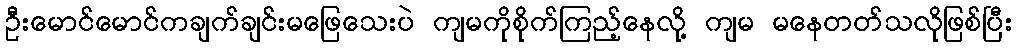
ဦးမောင်မောင်ကချက်ချင်းမဖြေသေးပဲ ကျမကိုစိုက်ကြည့်နေလို့ ကျမ မနေတတ်သလိုဖြစ်ပြီး